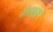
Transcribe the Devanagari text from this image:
बोबड्या